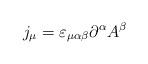
LaTeX: \begin{align*}j_\mu = \varepsilon_{\mu\alpha\beta} \partial^\alpha A^\beta\end{align*}